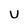
Character: U